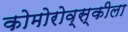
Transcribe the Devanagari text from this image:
कोमोरोव्स्कीला